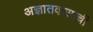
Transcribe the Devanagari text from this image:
अज्ञातवासाची